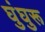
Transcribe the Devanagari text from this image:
घुंघुरू